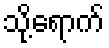
သို့ရောက်